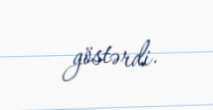
göstərdi.